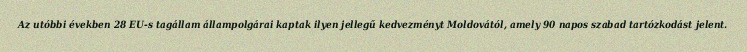
Az utóbbi években 28 EU-s tagállam állampolgárai kaptak ilyen jellegű kedvezményt Moldovától, amely 90 napos szabad tartózkodást jelent.